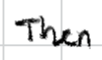
Text: Then
Cross-out: clean
Writing tool: digital_black